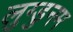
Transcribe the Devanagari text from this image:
लुग्डुनम